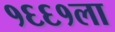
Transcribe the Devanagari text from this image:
१६६१ला